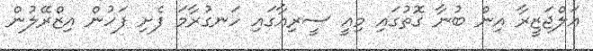
އަލްޖަޒީރާ އިން ބުނާ ގޮތުގައި މިއީ ސީރިއާގައި ހަނގުރާމަ ފެށި ފަހުން އިޒްރޭލުން